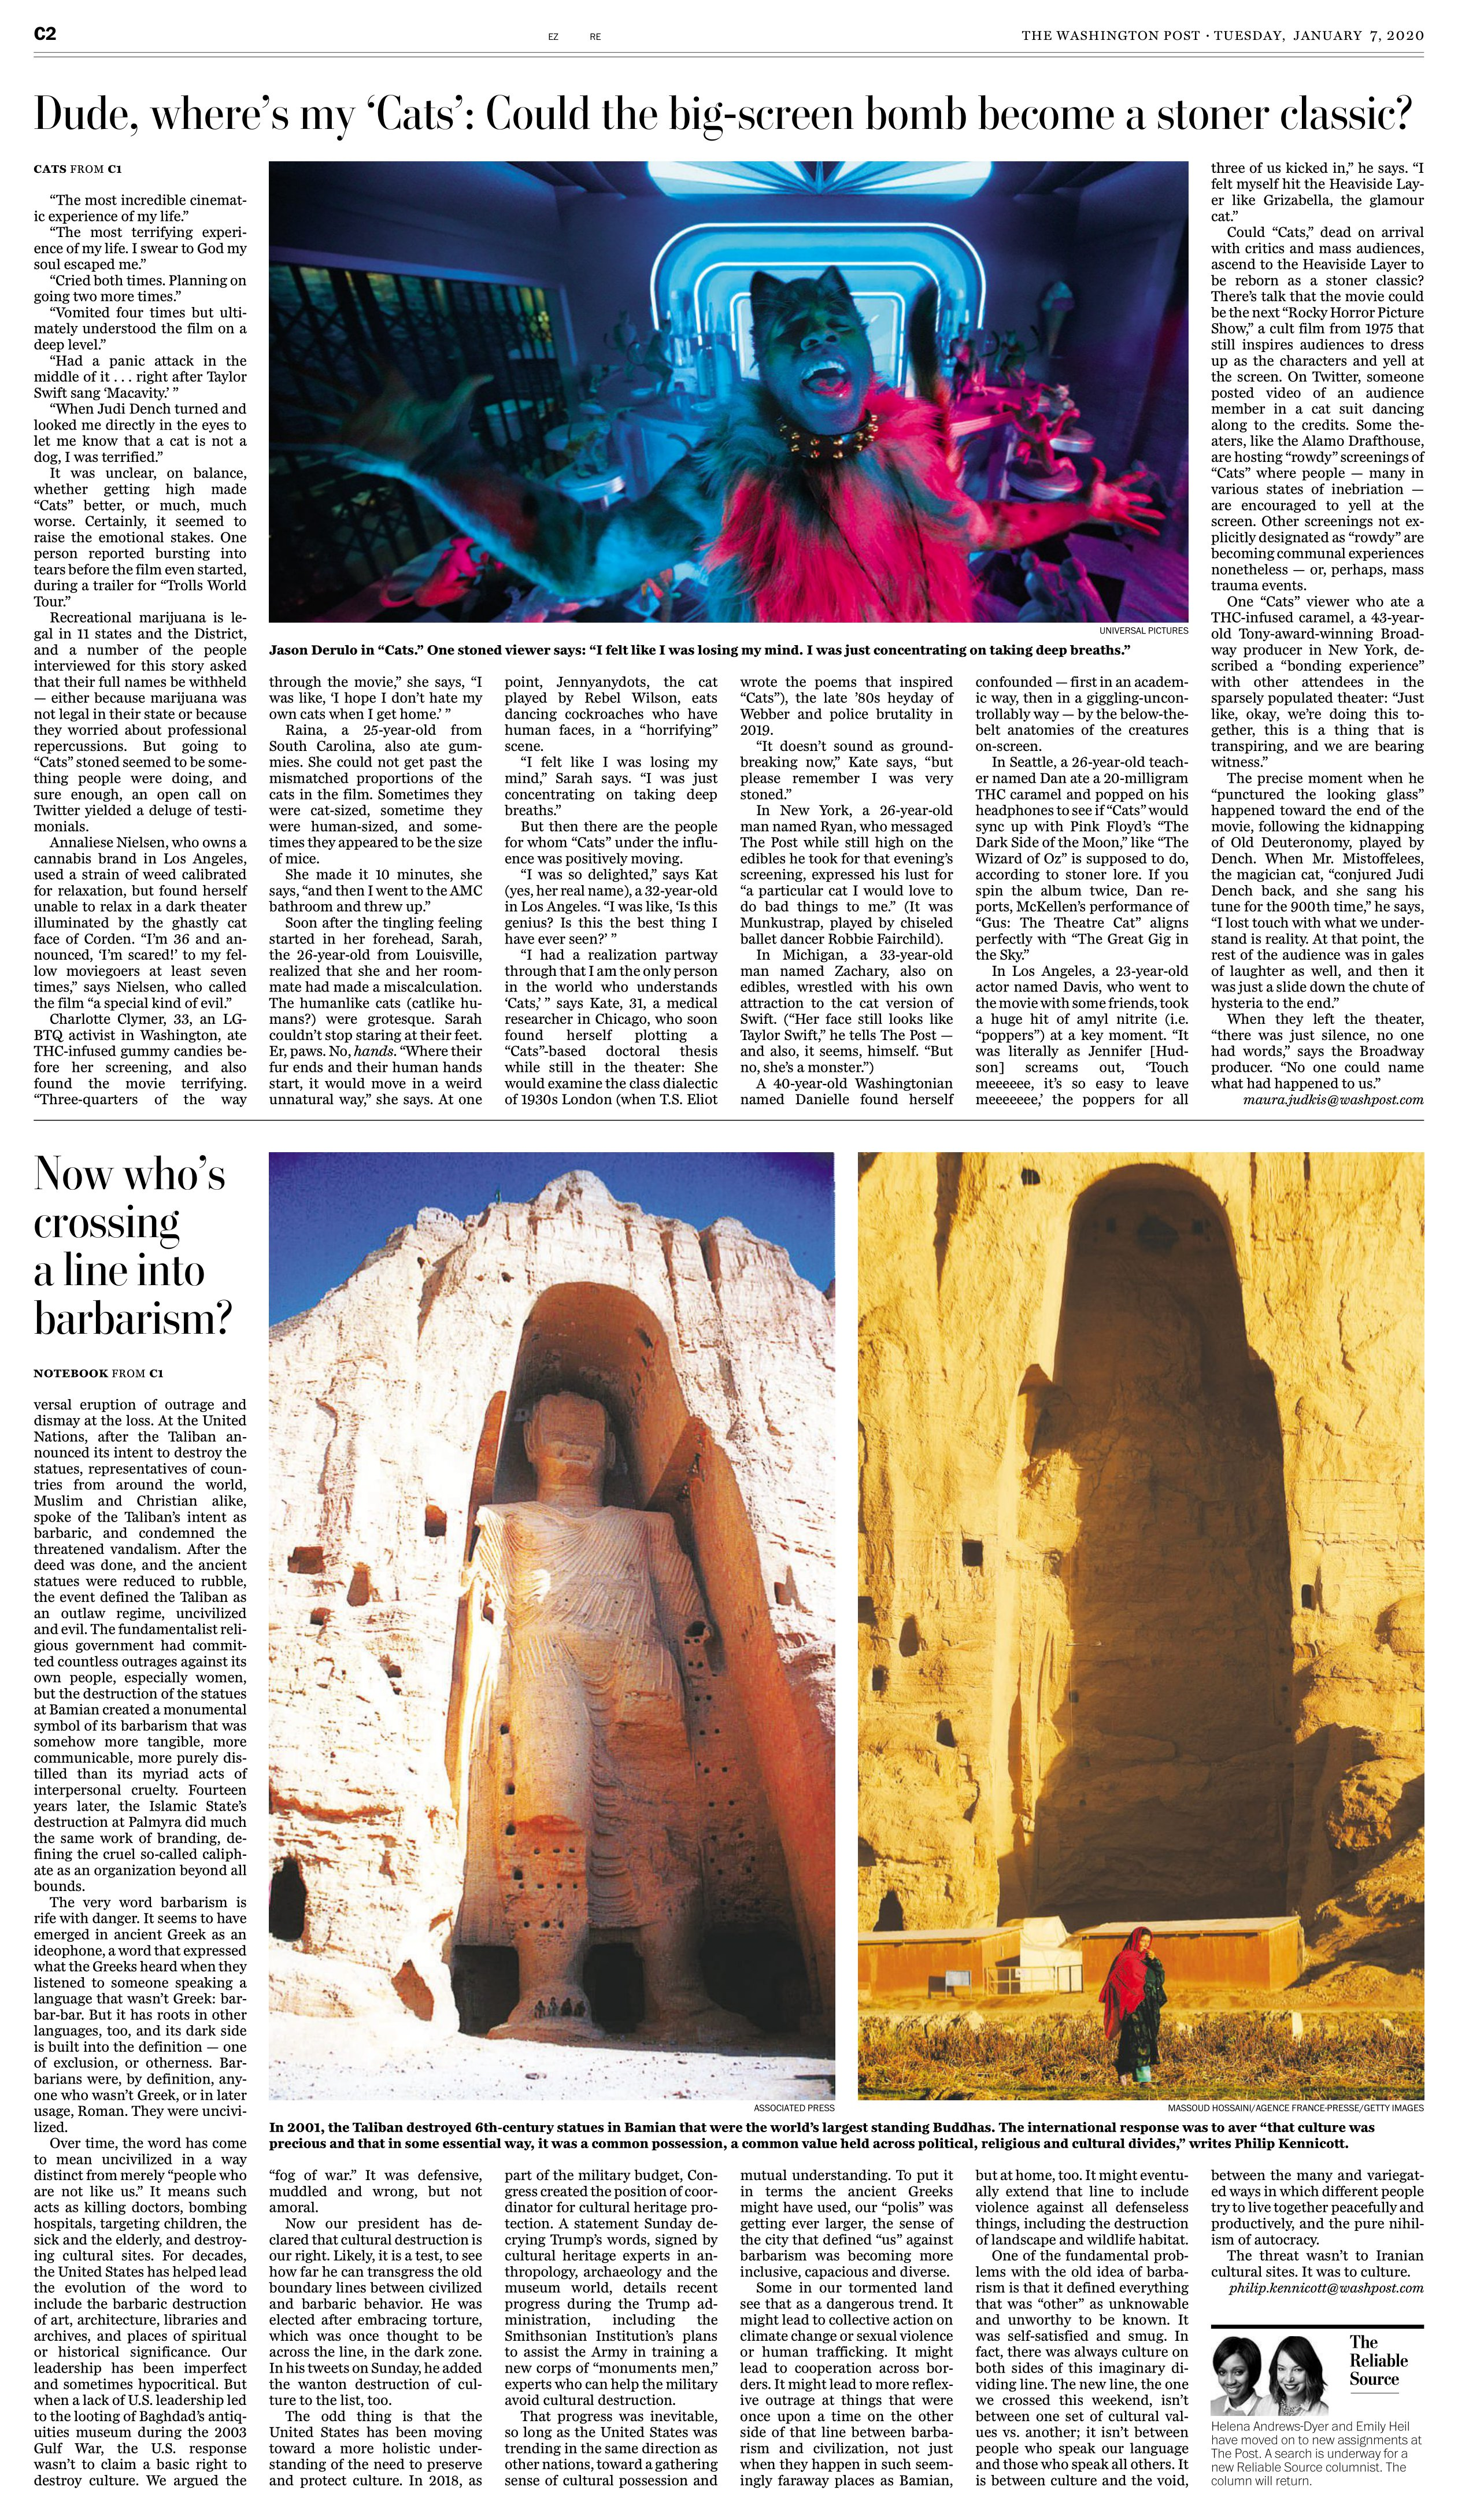
Language: en